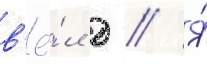
в'ё́л д // Я́